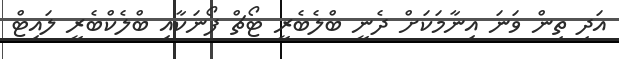
އަދި ތިން ވަނަ އިނާމަކަށް ދެނީ ބްލެބެރީ ޓޯޗް ފޯނަކާއި ބްލެކްބެރީ ލައިޓް